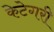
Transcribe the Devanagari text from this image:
केटेगरी